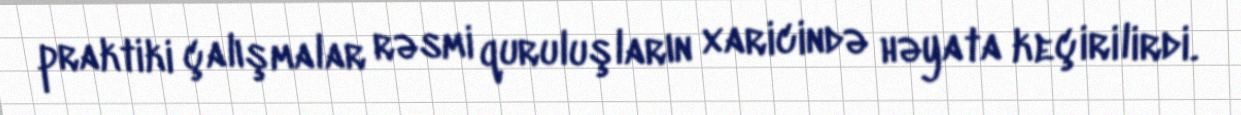
praktiki çalışmalar rəsmi quruluşların xaricində həyata keçirilirdi.